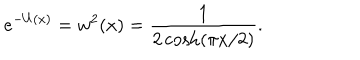
e ^ { - U ( x ) } = w ^ { 2 } ( x ) = { \frac { 1 } { 2 \cosh ( \pi x / 2 ) } } .